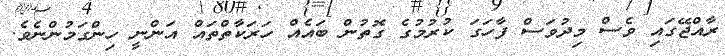
ރާއްޖޭގައި ވެސް މިދުވަސް ފާހަގަ ކުރުމުގެ ގޮތުން ބައެއް ހަރަކާތްތައް އަންނީ ހިންގަމުންނެވެ.